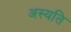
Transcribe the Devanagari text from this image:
अस्यति